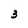
Character: 3